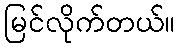
မြင်လိုက်တယ်။